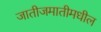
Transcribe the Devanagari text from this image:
जातीजमातीमधील